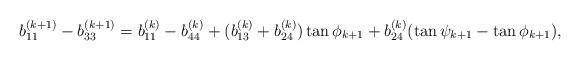
LaTeX: \begin{align*}b_{11}^{(k+1)}-b_{33}^{(k+1)} = b_{11}^{(k)}-b_{44}^{(k)} + (b_{13}^{(k)}+b_{24}^{(k)})\tan\phi_{k+1} +b_{24}^{(k)} (\tan\psi_{k+1}-\tan\phi_{k+1}),\end{align*}